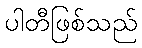
ပါတီဖြစ်သည်